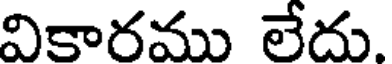
వికారము లేదు.